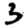
Digit: 3